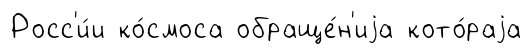
Росс'и́и ко́смоса обраще́н'иjа кото́раjа